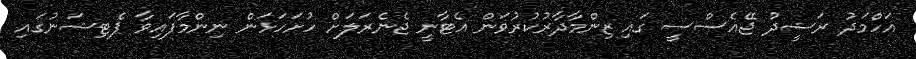
އަހްމަދު ރަޝީދު ޖޭއެސްސީ ގައި ޒިންމާދާރުކުރުވަން އެޓާނީ ޖެނެރަލަށް ހުށަހަޅަން ނިންމާފައިވާ ޕެޓިޝަނުގައި